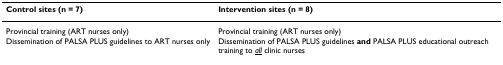
| Control sites (n = 7) | Intervention sites (n = 8) |
 | --- | --- |
 | Provincial training (ART nurses only) | Provincial training (ART nurses only) |
 | Dissemination of PALSA PLUS guidelines to ART nurses only | Dissemination of PALSA PLUS guidelines and PALSA PLUS educational outreach training to <underline>all</underline> clinic nurses |